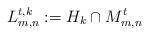
LaTeX: \begin{align*} L_{m,n}^{t,k} := H_k \cap M_{m,n}^t \end{align*}